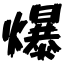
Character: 爆